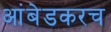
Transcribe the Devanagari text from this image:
आंबेडकरच